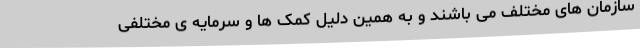
سازمان های مختلف می باشند و به همین دلیل کمک ها و سرمایه ی مختلفی